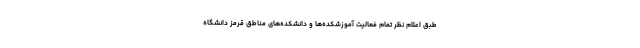
طبق اعلام نظر تمام فعالیت آموزشکده‌ها و دانشکده‌های مناطق قرمز دانشگاه